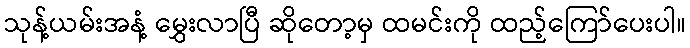
သုန့်ယမ်းအနံ့ မွှေးလာပြီ ဆိုတော့မှ ထမင်းကို ထည့်ကြော်ပေးပါ။